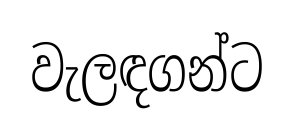
වැලඳගන්ට